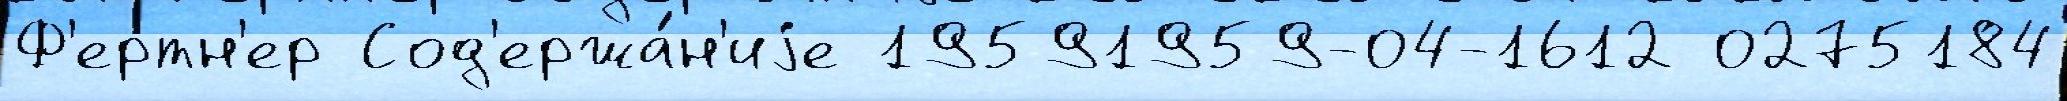
Ф'ертн'ер Сод'ержа́н'иjе 19591959-04-1612 0275184